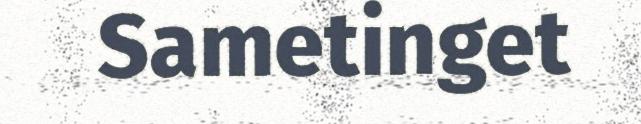
Sametinget